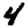
Digit: 4